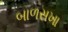
બાળસખા